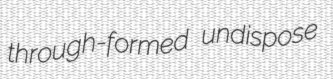
through-formed undispose